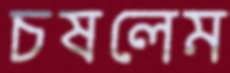
চষলেম